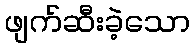
ဖျက်ဆီးခဲ့သော